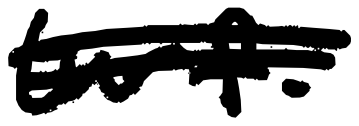
Text: turf.
Cross-out: double-line
Writing tool: digital_black